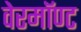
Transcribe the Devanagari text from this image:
वेरमॉण्ट